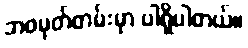
ဘဝမှတ်တမ်းမှာ ပါရှိပါတယ်။